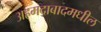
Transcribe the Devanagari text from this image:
अहमदाबादमधील